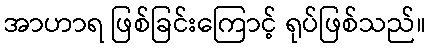
အာဟာရ ဖြစ်ခြင်းကြောင့် ရုပ်ဖြစ်သည်။